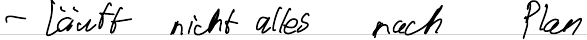
- läuft nicht alles nach Plan